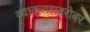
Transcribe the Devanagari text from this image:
व्याकरणाबरोबर